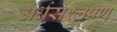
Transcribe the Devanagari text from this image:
अर्धसंश्लेषण